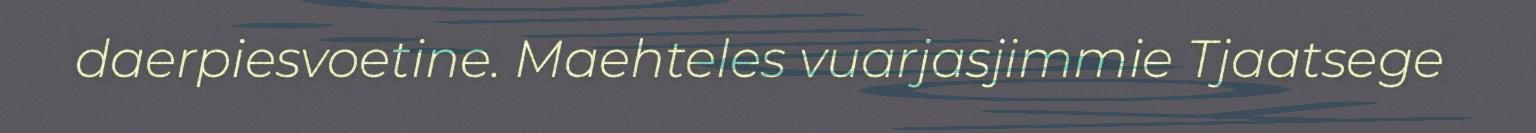
daerpiesvoetine. Maehteles vuarjasjimmie Tjaatsege